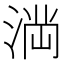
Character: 𭱎